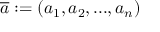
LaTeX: { \overline { { a } } } : = ( a _ { 1 } , a _ { 2 } , . . . , a _ { n } )